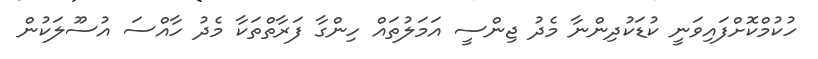
ހުކުމްކޮށްފައިވަނީ ކުޑަކުދިންނާ މެދު ޖިންސީ އަމަލުތައް ހިންގާ ފަރާތްތަކާ މެދު ހާއްސަ އުސޫލަކުން